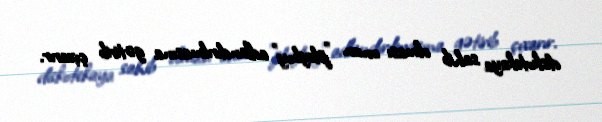
diskotekaya sahib olması onun "pleyboy" adlandırılmasına gətirib çıxarır.